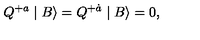
Q ^ { + a } \mid B \rangle = Q ^ { + \dot { a } } \mid B \rangle = 0 ,